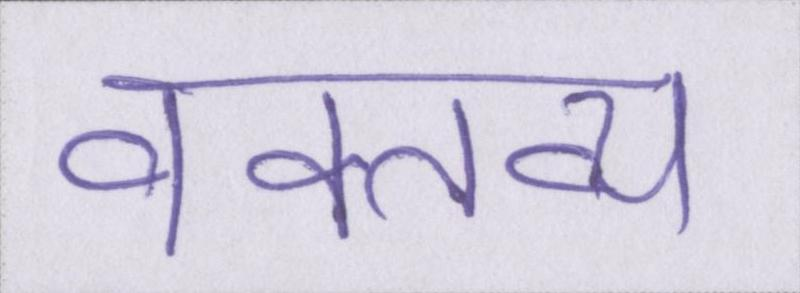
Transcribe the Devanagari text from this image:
वक्तव्य